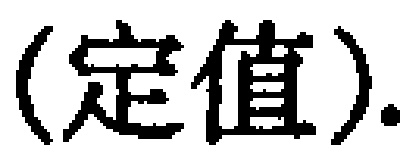
$(\text{定值}).$